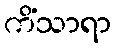
ကိံသာရာ